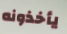
يأخذونه